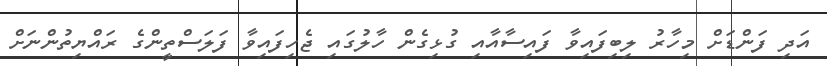
އަދި ފަންޑަށް މިހާރު ލިބިފައިވާ ފައިސާއާއި ގުޅިގެން ހާލުގައި ޖެހިފައިވާ ފަލަސްތީންގެ ރައްޔިތުންނަށް